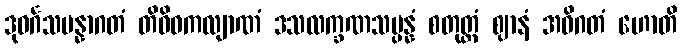
ဒုဝင်္ဂသမန္နာဂတံ တိဝိဓကလျာဏံ ဒသလက္ခဏသမ္ပန္နံ စတုတ္ထံ ဈာနံ အဓိဂတံ ဟောတိ